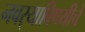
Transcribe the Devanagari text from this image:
नवर्‍याविषयीचे